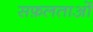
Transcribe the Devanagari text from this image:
सफ़लताओं